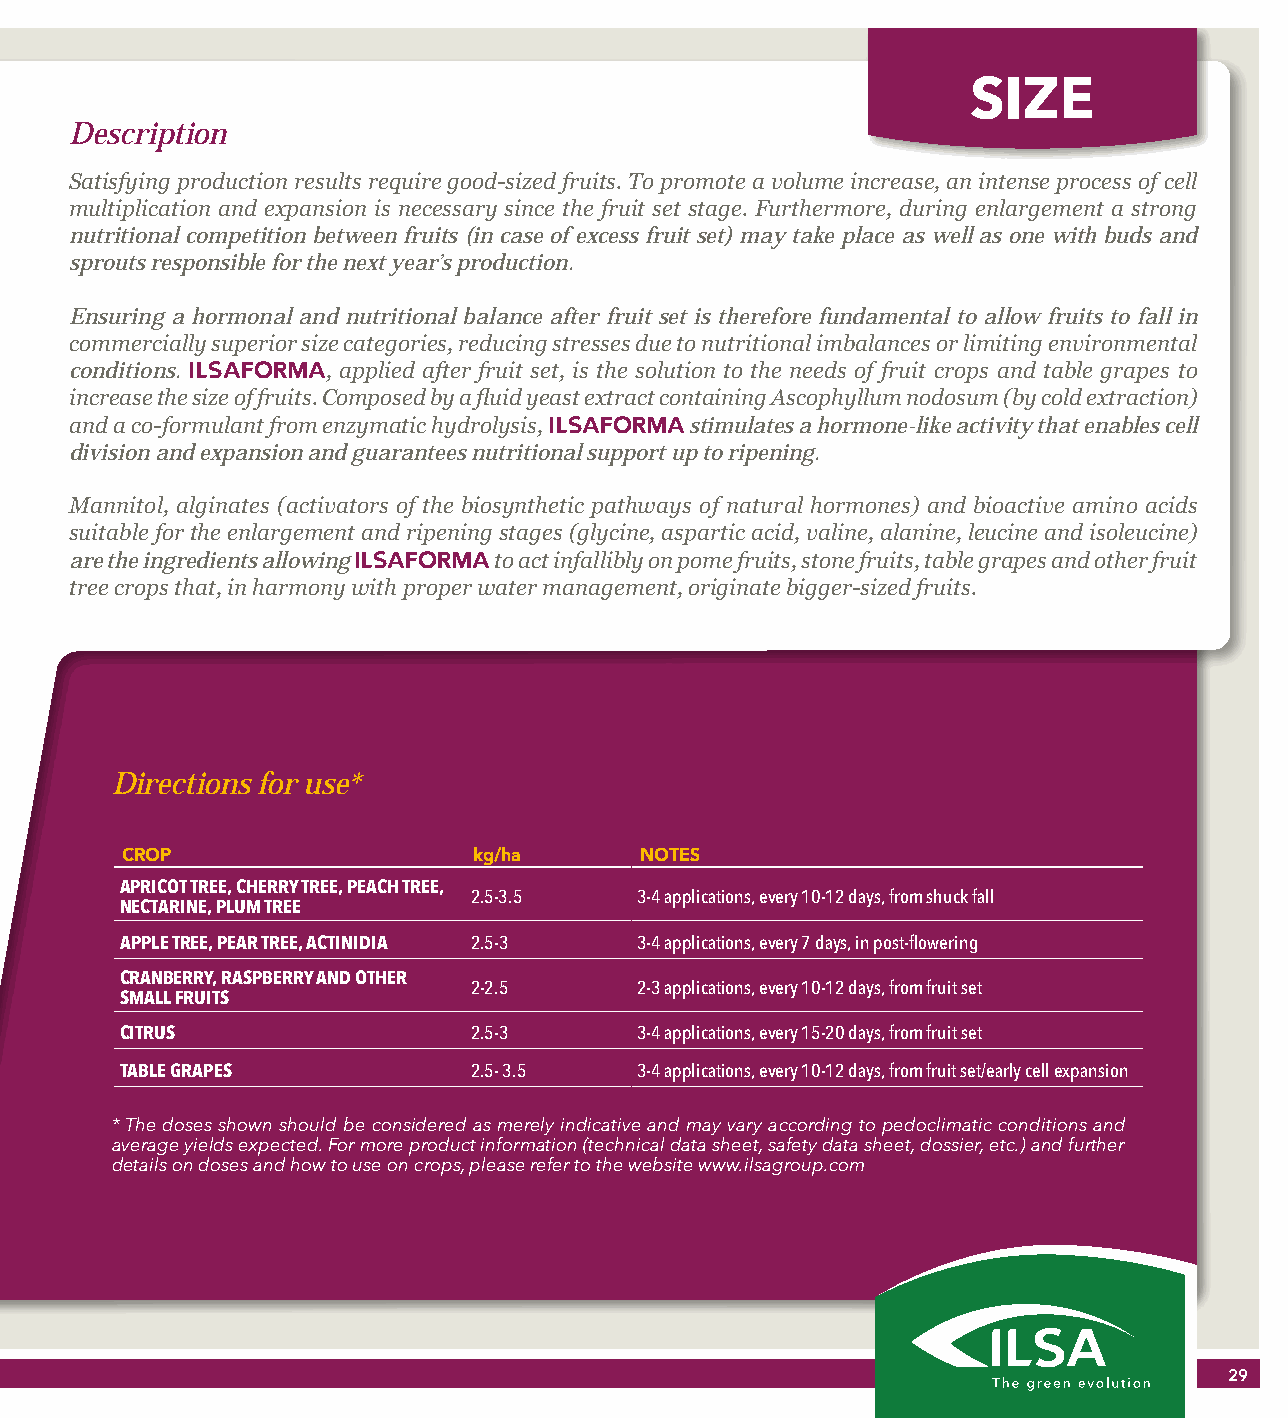
SIZE
 Description
 Satisfying production results require good-sized fruits. To promote a volume increase, an intense process of cell
 multiplication and expansion is necessary since the fruit set stage. Furthermore, during enlargement a strong
 nutritional competition between fruits (in case of excess fruit set) may take place as well as one with buds and
 sprouts responsible for the next year’s production.
 Ensuring a hormonal and nutritional balance after fruit set is therefore fundamental to allow fruits to fall in
 commercially superior size categories, reducing stresses due to nutritional imbalances or limiting environmental
 conditions. ILSAFORMA, applied after fruit set, is the solution to the needs of fruit crops and table grapes to
 increase the size of fruits. Composed by a fluid yeast extract containing Ascophyllum nodosum (by cold extraction)
 and a co-formulant from enzymatic hydrolysis, ILSAFORMA stimulates a hormone-like activity that enables cell
 division and expansion and guarantees nutritional support up to ripening.
 Mannitol, alginates (activators of the biosynthetic pathways of natural hormones) and bioactive amino acids
 suitable for the enlargement and ripening stages (glycine, aspartic acid, valine, alanine, leucine and isoleucine)
 are the ingredients allowing ILSAFORMA to act infallibly on pome fruits, stone fruits, table grapes and other fruit
 tree crops that, in harmony with proper water management, originate bigger-sized fruits.
 Directions for use*
 CROP                   kg/ha      NOTES
 APRICOT TREE, CHERRY TREE, PEACH TREE,
 2.5-3.5    3-4 applications, every 10-12 days, from shuck fall
 NECTARINE, PLUM TREE
 APPLE TREE, PEAR TREE, ACTINIDIA 2.5-3 3-4 applications, every 7 days, in post-flowering
 CRANBERRY, RASPBERRY AND OTHER
 2-2.5      2-3 applications, every 10-12 days, from fruit set
 SMALL FRUITS
 CITRUS                 2.5-3      3-4 applications, every 15-20 days, from fruit set
 TABLE GRAPES           2.5- 3.5   3-4 applications, every 10-12 days, from fruit set/early cell expansion
 * The doses shown should be considered as merely indicative and may vary according to pedoclimatic conditions and
 average yields expected. For more product information (technical data sheet, safety data sheet, dossier, etc.) and further
 details on doses and how to use on crops, please refer to the website www.ilsagroup.com
 29